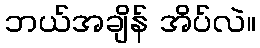
ဘယ်အချိန် အိပ်လဲ။